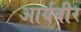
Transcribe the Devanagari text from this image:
आर्यवीर